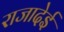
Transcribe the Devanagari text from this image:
राजादेई